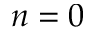
n = 0